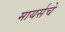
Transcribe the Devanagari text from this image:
मायर्सचे